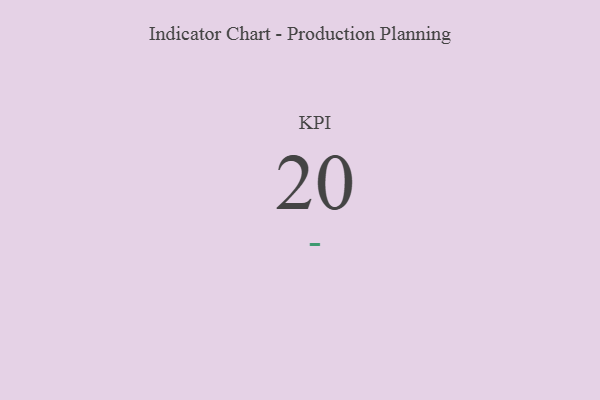
{"axis": {"x": "KPI", "y": "Value"}, "legend": [""], "data": [{"x": "KPI", "y": 20, "type": ""}]}